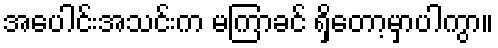
အပေါင်းအသင်းက မကြာခင် ရှိတော့မှာပါကွာ။